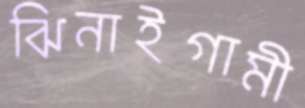
ঝিনাইগামী